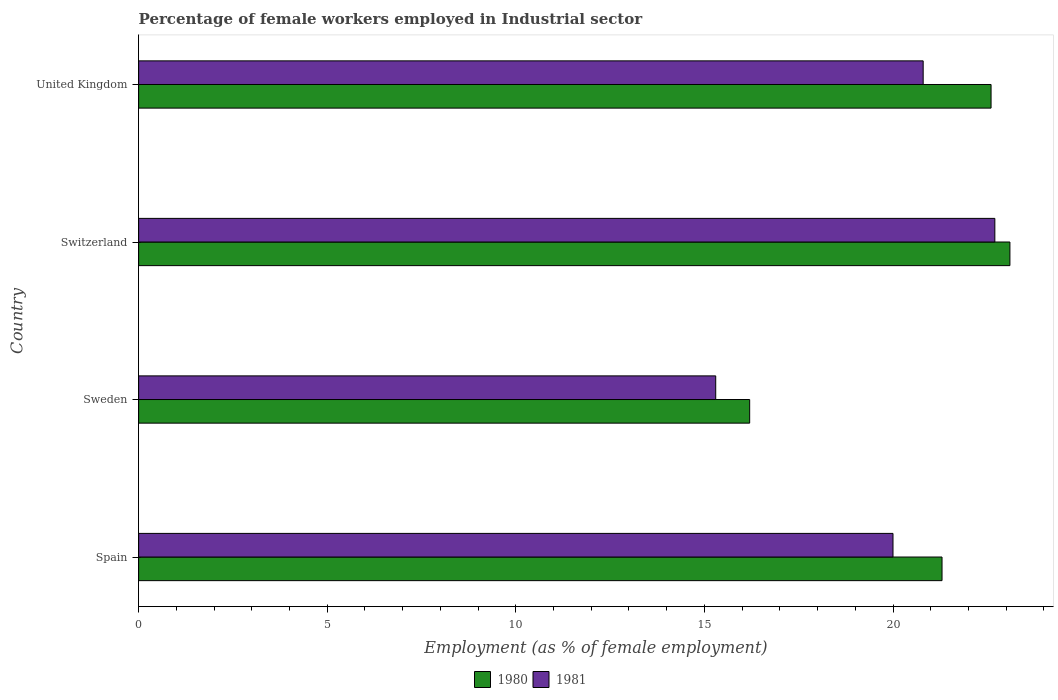
| Country | 1980 | 1981 |
 | --- | --- | --- |
 | Spain | 21.3 | 20 |
 | Sweden | 16.2 | 15.3 |
 | Switzerland | 23.1 | 22.7 |
 | United Kingdom | 22.6 | 20.8 |